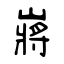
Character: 嶈